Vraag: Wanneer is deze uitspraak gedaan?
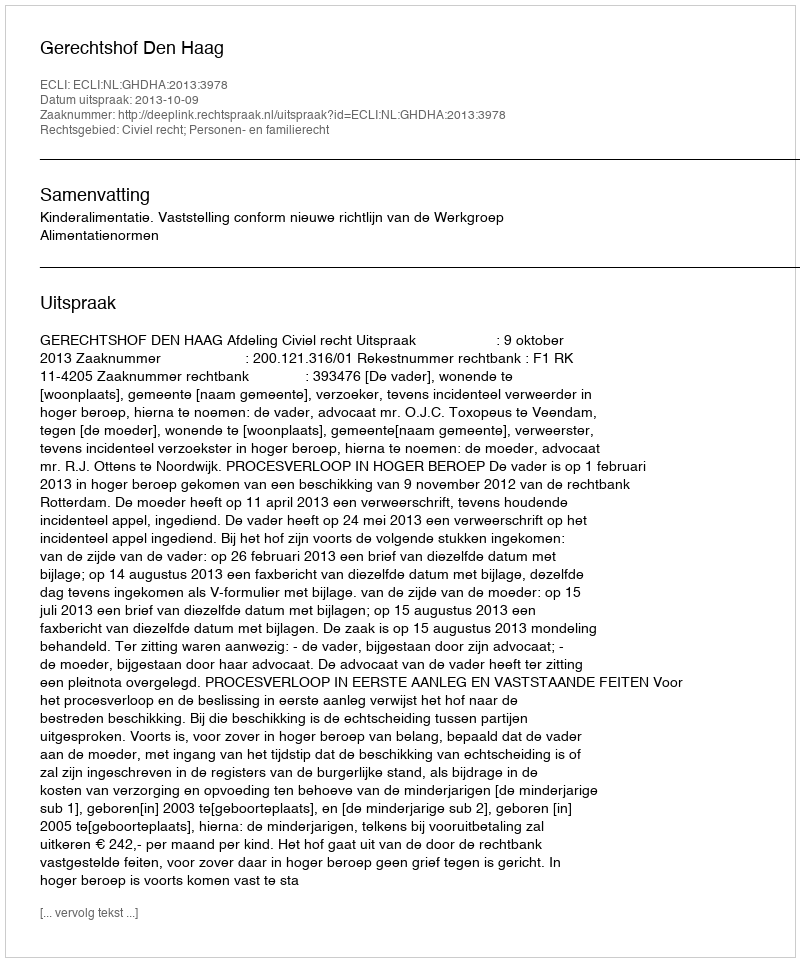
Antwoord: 2013-10-09